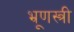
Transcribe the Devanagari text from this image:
भ्रूणस्त्री